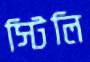
স্টিলি